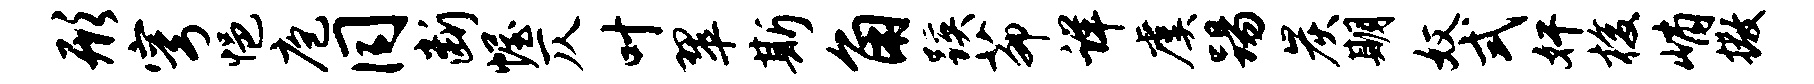
形穹悒庖同断幄仄叶翠斯角蹊茆详虞踢炭期奴式奸梭峭撒